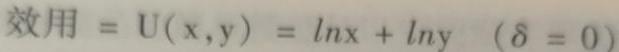
效用 $= U(x,y) = \ln x + \ln y\ \ (\delta = 0)$